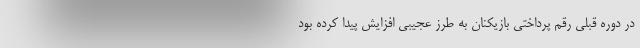
در دوره قبلی رقم پرداختی بازیکنان به طرز عجیبی افزایش پیدا کرده بود